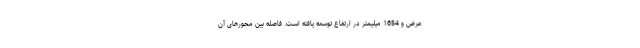
عرض و 1654 میلیمتر در ارتفاع توسعه یافته است. فاصله بین محورهای آن